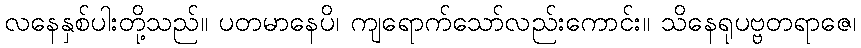
လနေနှစ်ပါးတို့သည်။ ပတမာနေပိ၊ ကျရောက်သော်လည်းကောင်း။ သိနေရုပဗ္ဗတရာဇေ၊